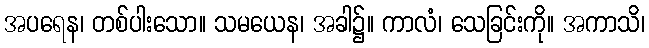
အပရေန၊ တစ်ပါးသော။ သမယေန၊ အခါ၌။ ကာလံ၊ သေခြင်းကို။ အကာသိ၊